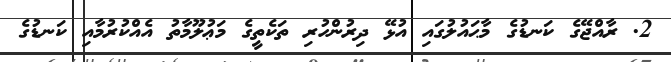
2. ރާއްޖޭގެ ކަނޑުގެ މާޙައުލުގައި އުޅޭ ދިރުންހުރި ތަކެތީގެ މަޢުލޫމާތު އެއްކުރުމާއި ކަނޑުގެ